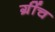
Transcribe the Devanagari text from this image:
ग्रींच